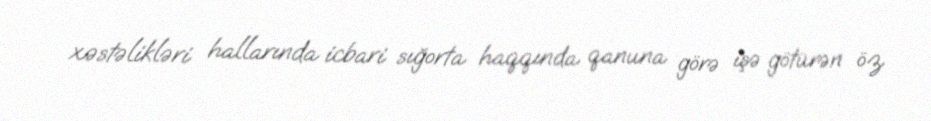
xəstəlikləri hallarında icbari sığorta haqqında qanuna görə işə götürən öz